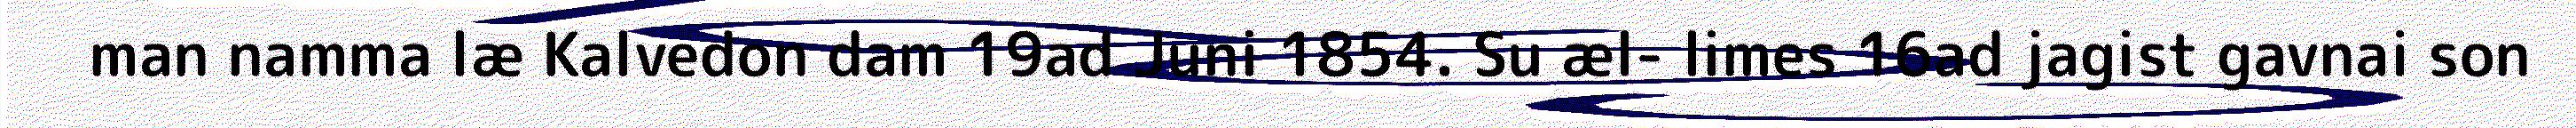
man namma læ Kalvedon dam 19ad Juni 1854. Su æl- limes 16ad jagist gavnai son